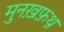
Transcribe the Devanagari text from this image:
मुनख़फ़थ़